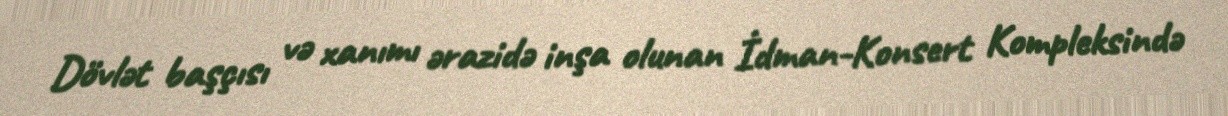
Dövlət başçısı və xanımı ərazidə inşa olunan İdman-Konsert Kompleksində